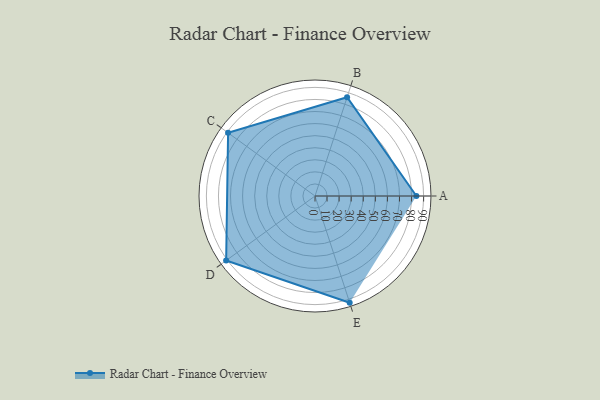
{"axis": {"x": "Skill", "y": "Score"}, "legend": ["Profile"], "data": [{"x": "A", "y": 84.0, "type": "Profile"}, {"x": "B", "y": 86.0, "type": "Profile"}, {"x": "C", "y": 89.0, "type": "Profile"}, {"x": "D", "y": 91.0, "type": "Profile"}, {"x": "E", "y": 93.0, "type": "Profile"}]}